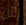
الآن